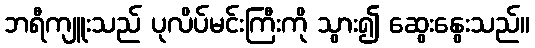
ဘရီကျူးသည် ပုလိပ်မင်းကြီးကို သွား၍ ဆွေးနွေးသည်။